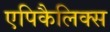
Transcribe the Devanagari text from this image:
एपिकैलिक्स